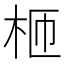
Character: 𣐝